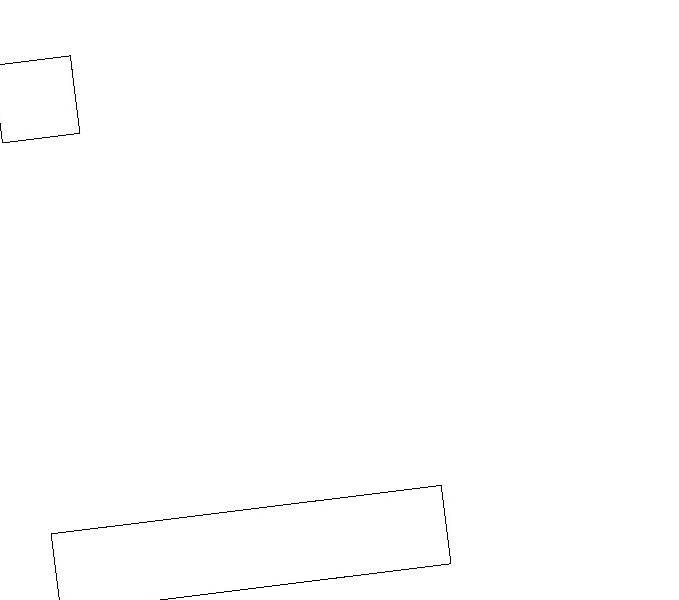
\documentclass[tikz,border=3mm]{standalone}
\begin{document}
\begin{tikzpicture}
\draw (3,11) rectangle (8,10);
\draw (3,17) rectangle (4,16);
\draw (11,10) circle (0);
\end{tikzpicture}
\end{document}